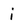
Character: i